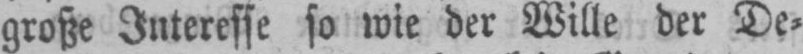
große Interesse so wie der Wille der De⸗